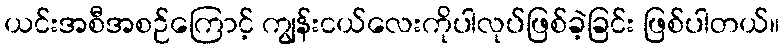
ယင်းအစီအစဉ်ကြောင့် ကျွန်းငယ်လေးကိုပါလုပ်ဖြစ်ခဲ့ခြင်း ဖြစ်ပါတယ်။